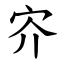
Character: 㝏